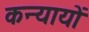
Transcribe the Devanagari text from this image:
कन्यायों